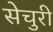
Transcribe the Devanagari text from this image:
सेचुरी